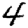
Digit: 4